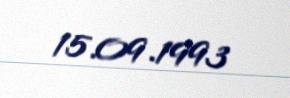
15.09.1993